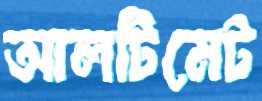
আলটিমেট